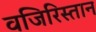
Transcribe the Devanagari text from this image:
वजिरिस्तान